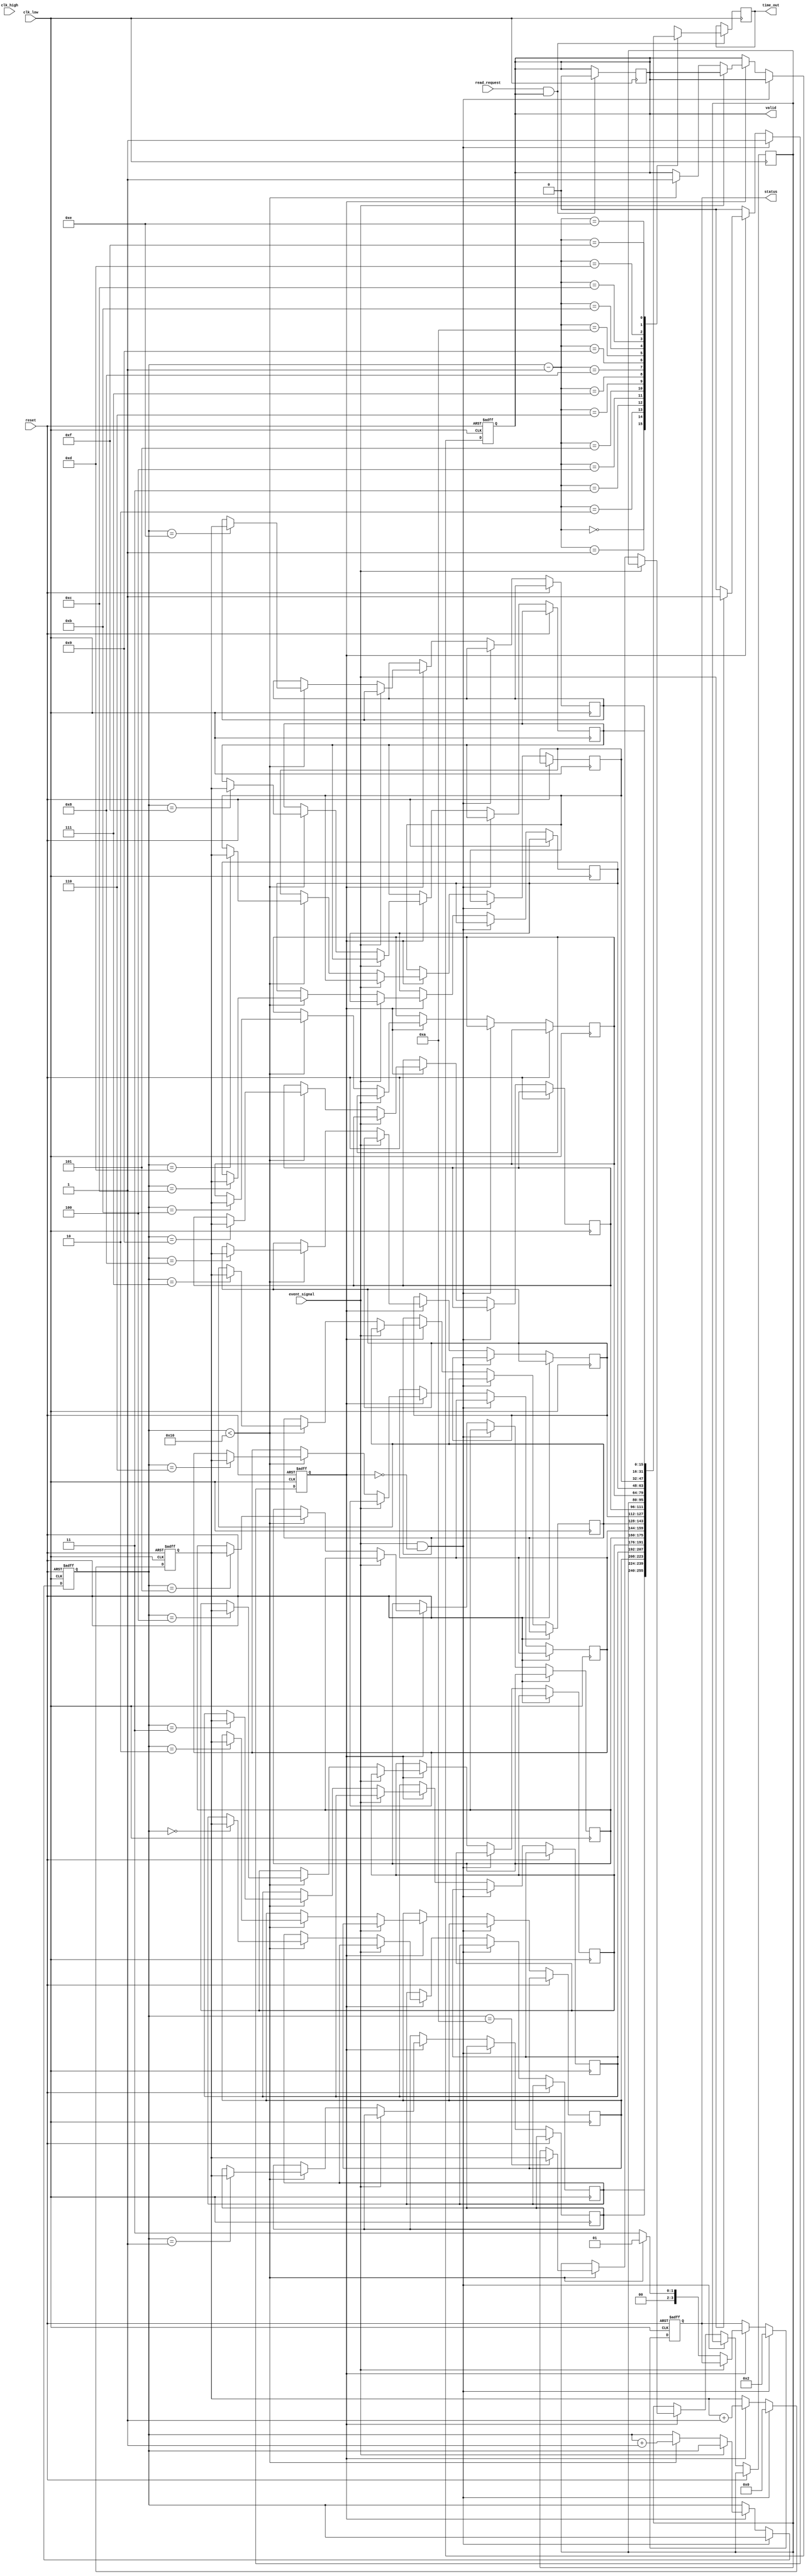
module MultiDomainTDC (
    input wire clk_high,        // High-frequency clock for timing measurement
    input wire clk_low,         // Low-frequency clock for control logic
    input wire event_signal,     // Input event signal
    input wire reset,           // Asynchronous reset signal
    input wire read_request,     // Signal to request reading stored time
    output reg [15:0] time_out,  // Output time measurement in digital format
    output reg valid,           // Indicates valid output
    output reg [3:0] status     // Status signals (e.g., ready, error)
);

// Parameters
parameter MEM_SIZE = 16;      // Size of memory for time stamps
parameter TIME_RESOLUTION = 16; // Resolution of time measurement

// Memory block for time stamps
reg [TIME_RESOLUTION-1:0] time_memory[0:MEM_SIZE-1];

// Internal signals
reg [TIME_RESOLUTION-1:0] counter; // Counter for elapsed time
reg [3:0] write_pointer;          // Pointer for writing to memory
reg measuring;                    // Indicates if measuring is in progress

// Control logic
always @(posedge clk_low or posedge reset) begin
    if (reset) begin
        valid <= 0;
        write_pointer <= 0;
        measuring <= 0;
        counter <= 0;
        status <= 4'b0001; // Ready state
    end else begin
        if (event_signal && !measuring) begin
            measuring <= 1; // Start measuring
            counter <= 0;   // Reset counter
            status <= 4'b0010; // Measuring state
        end else if (measuring) begin
            counter <= counter + 1; // Increment counter on high clock
            if (!event_signal) begin
                measuring <= 0; // Stop measuring on falling edge
                if (write_pointer < MEM_SIZE) begin
                    time_memory[write_pointer] <= counter; // Store time
                    write_pointer <= write_pointer + 1; // Increment write pointer
                    valid <= 1; // Set valid flag
                    status <= 4'b0001; // Ready state
                end else begin
                    status <= 4'b0011; // Memory full error
                end
            end
        end
    end
end

// Data output logic
always @(posedge clk_low) begin
    if (read_request && valid) begin
        time_out <= time_memory[write_pointer - 1]; // Output last stored time
        valid <= 0; // Clear valid flag after read
    end
end

endmodule